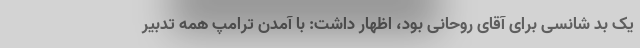
یک بد شانسی برای آقای روحانی بود، اظهار داشت: با آمدن ترامپ همه تدبیر